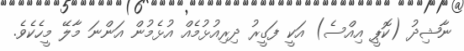
ނާޝިދު (ކޮޕީ އިއްސެ) އަކީ ފަގީރު ދިރިއުޅުމެއް އުޅެމުން އަންނަ މާލޭ މީހެކެވެ.